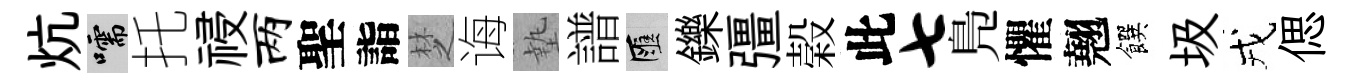
炕嚅托祲两聖詣椘诲墊譜匯鑠彊榖此七鳬懼翹饌圾戎偲